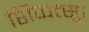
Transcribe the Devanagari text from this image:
शिप्पत्सु।